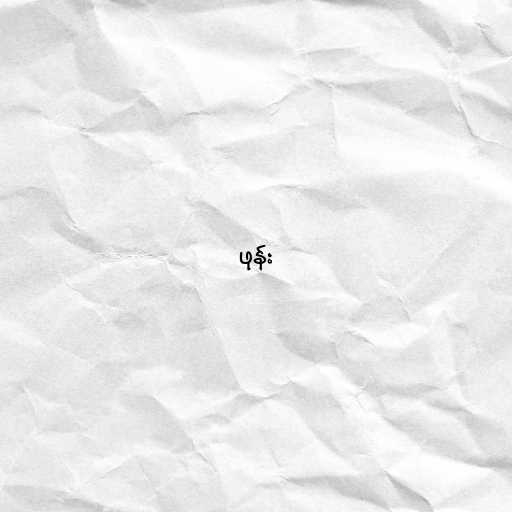
ဖုန်း